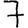
Digit: 7